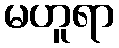
မဟူရာ